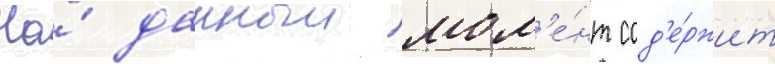
На́ данныи мом'е́нт сод'е́ржит